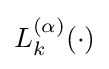
L_{k}^{(\alpha )}(\cdot )